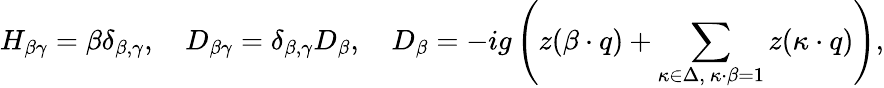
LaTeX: H_{\beta\gamma}=\beta\delta_{\beta,\gamma},\quad D_{\beta\gamma}=\delta_{\beta,\gamma}D_{\beta},\quad D_{\beta}=-ig\left(z(\beta\cdot q)+\sum_{\kappa\in\Delta,\ \kappa\cdot\beta=1}z(\kappa\cdot q)\right),